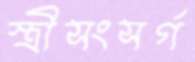
স্ত্রীসংসর্গ